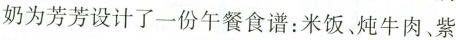
奶为芳芳设计了一份午餐食谱：米饭、炖牛肉、紫